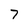
Character: 7